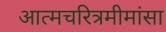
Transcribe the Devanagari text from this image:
अात्मचरित्रमीमांसा